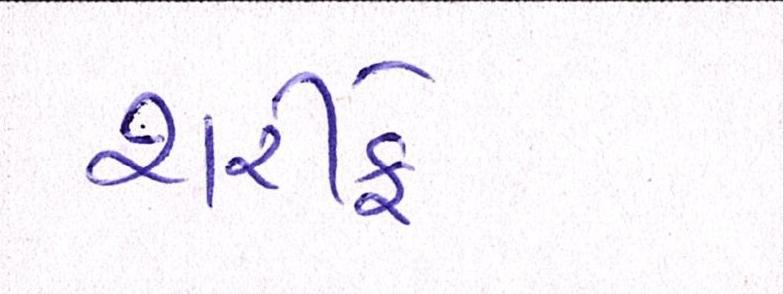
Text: શરીફે